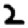
Digit: 2